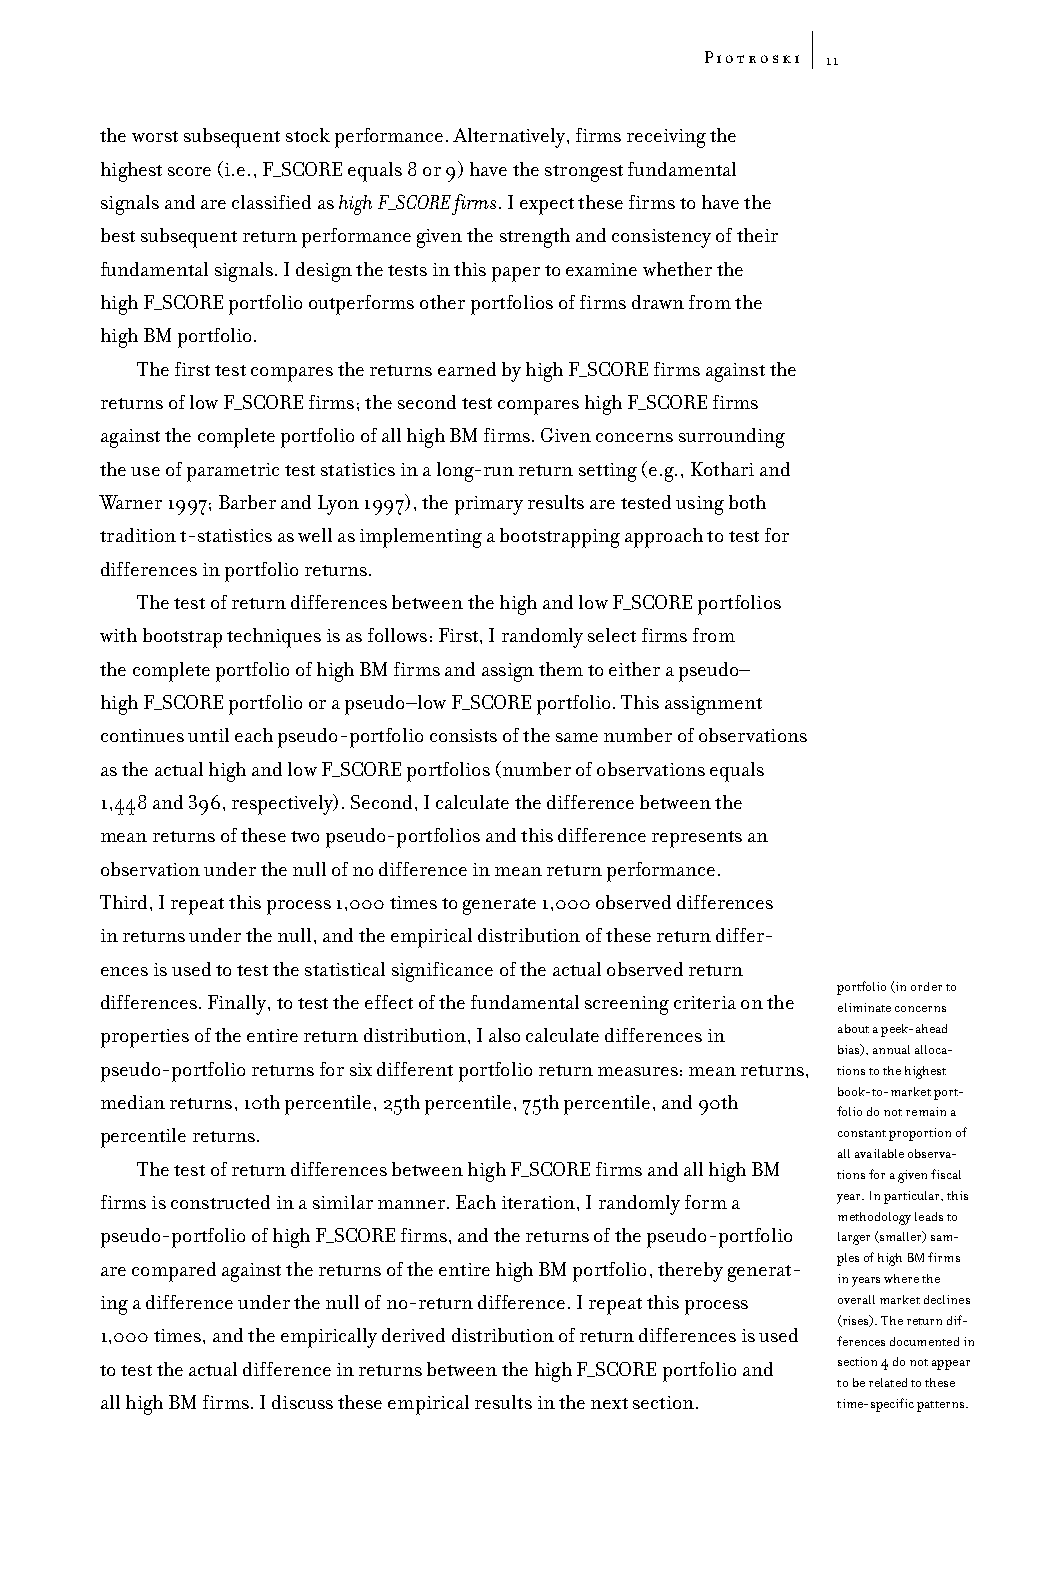
Piotroski
 11
 the worst subsequent stock performance. Alternatively, firms receiving the
 highest score (i.e., F_SCORE equals 8 or 9) have the strongest fundamental
 signals and are classified as high F_SCORE firms. I expect these firms to have the
 best subsequent return performance given the strength and consistency of their
 fundamental signals. I design the tests in this paper to examine whether the
 high F_SCORE portfolio outperforms other portfolios of firms drawn from the
 high BM portfolio.
 The first test compares the returns earned by high F_SCORE firms against the
 returns of low F_SCORE firms; the second test compares high F_SCORE firms
 against the complete portfolio of all high BM firms. Given concerns surrounding
 the use of parametric test statistics in a long-run return setting (e.g., Kothari and
 Warner 1997; Barber and Lyon 1997), the primary results are tested using both
 tradition t-statistics as well as implementing a bootstrapping approach to test for
 differences in portfolio returns.
 The test of return differences between the high and low F_SCORE portfolios
 with bootstrap techniques is as follows: First, I randomly select firms from
 the complete portfolio of high BM firms and assign them to either a pseudo–
 high F_SCORE portfolio or a pseudo–low F_SCORE portfolio. This assignment
 continues until each pseudo-portfolio consists of the same number of observations
 as the actual high and low F_SCORE portfolios (number of observations equals
 1,448 and 396, respectively). Second, I calculate the difference between the
 mean returns of these two pseudo-portfolios and this difference represents an
 observation under the null of no difference in mean return performance.
 Third, I repeat this process 1,000 times to generate 1,000 observed differences
 in returns under the null, and the empirical distribution of these return differ-
 ences is used to test the statistical significance of the actual observed return
 portfolio (in order to
 differences. Finally, to test the effect of the fundamental screening criteria on the
 eliminate concerns
 properties of the entire return distribution, I also calculate differences in about a peek-ahead
 bias), annual alloca-
 pseudo-portfolio returns for six different portfolio return measures: mean returns, tions to the highest
 book-to-market port-
 median returns, 10th percentile, 25th percentile, 75th percentile, and 90th
 folio do not remain a
 percentile returns.                             constant proportion of
 all available observa-
 The test of return differences between high F_SCORE firms and all high BM
 tions for a given fiscal
 firms is constructed in a similar manner. Each iteration, I randomly form a year. In particular, this
 methodology leads to
 pseudo-portfolio of high F_SCORE firms, and the returns of the pseudo-portfolio larger (smaller) sam-
 ples of high BM firms
 are compared against the returns of the entire high BM portfolio, thereby generat-
 in years where the
 ing a difference under the null of no-return difference. I repeat this process overall market declines
 (rises). The return dif-
 1,000 times, and the empirically derived distribution of return differences is used
 ferences documented in
 to test the actual difference in returns between the high F_SCORE portfolio and section 4 do not appear
 to be related to these
 all high BM firms. I discuss these empirical results in the next section. time-specific patterns.